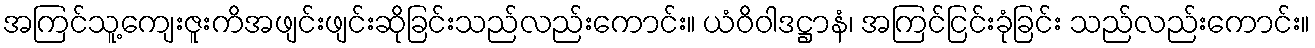
အကြင်သူ့ကျေးဇူးကိအဖျင်းဖျင်းဆိုခြင်းသည်လည်းကောင်း။ ယံဝိဝါဒဋ္ဌာနံ၊ အကြင်ငြင်းခုံခြင်း သည်လည်းကောင်း။